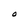
Character: O